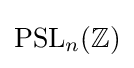
\mathrm {PSL} _{n}(\mathbb {Z} )